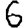
Digit: 6